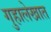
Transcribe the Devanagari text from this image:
गुहालेखात